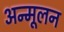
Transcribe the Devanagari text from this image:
अन्मूलन